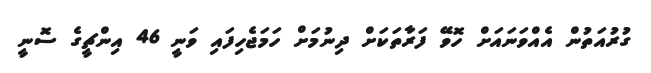
ގުރުއަތުން އެއްވަނައަށް ހޮވޭ ފަރާތަކަށް ދިނުމަށް ހަމަޖެހިފައި ވަނީ 46 އިންޗީގެ ސޮނީ